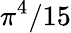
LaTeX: \pi^{4}/15